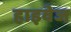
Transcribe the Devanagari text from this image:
हाइवेज